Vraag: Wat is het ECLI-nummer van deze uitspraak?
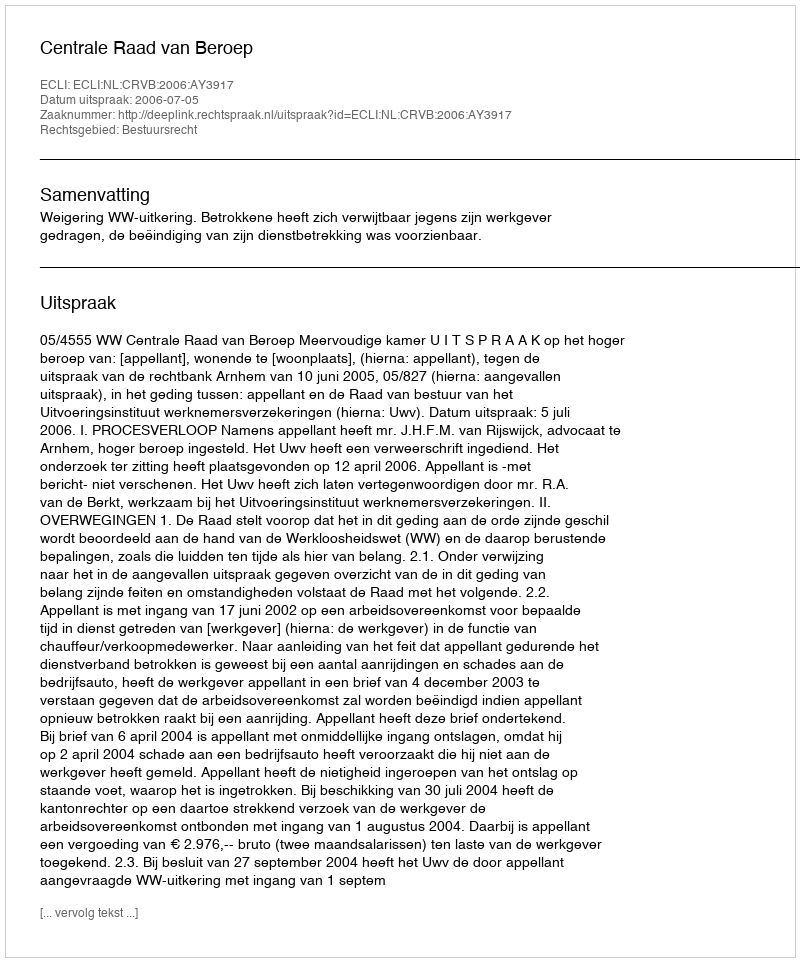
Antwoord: ECLI:NL:CRVB:2006:AY3917